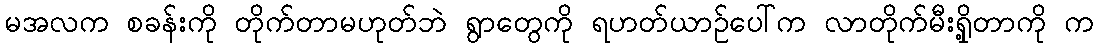
မအလက စခန်းကို တိုက်တာမဟုတ်ဘဲ ရွာတွေကို ရဟတ်ယာဉ်ပေါ်က လာတိုက်မီးရှို့တာကို က